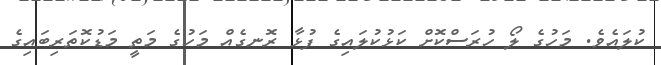
ކުލައެވެ. މަހުގެ ލޯ ހުރަސްކޮށް ކަޅުކުލައިގެ ފުޅާ ރޮނގެއް މަހުގެ މަތީ މަޑުކޮތަރިބައިގެ